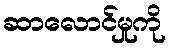
ဆာလောင်မှုကို